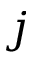
j